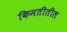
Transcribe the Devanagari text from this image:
किमतीतील